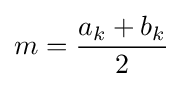
m={\frac {a_{k}+b_{k}}{2}}